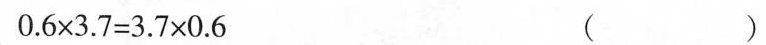
$$0.6 \times 3 . 7 = 3 . 7 \times 0 . 6$$ （）